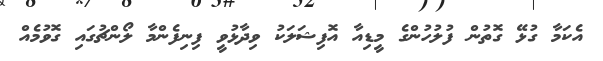
އެކަމާ ގުޅޭ ގޮތުން ފުލުހުންގެ މީޑިއާ އޮފިޝަލަކު ވިދާޅުވީ ފިނިފެންމާ ލޯންޗުގައި ގޮވުމެއް